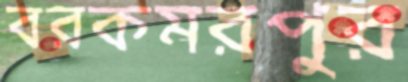
বরকমরপুর